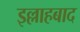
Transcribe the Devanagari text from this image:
इल्लाहबाद